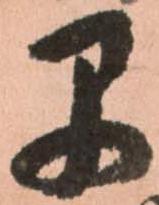
早